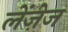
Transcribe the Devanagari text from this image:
लेंज़ेज